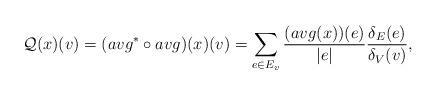
LaTeX: \begin{align*}\mathcal Q(x)(v)= (avg^*\circ avg)(x)(v)=\sum\limits_{e\in E_v}\frac{(avg(x))(e)}{|e|}\frac{\delta_E(e)}{\delta_V(v)}, \end{align*}